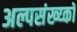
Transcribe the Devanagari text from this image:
अल्पसंख्य्कॉ